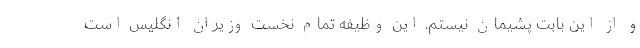
و از این بابت پشیمان نیستم. این وظیفه تمام نخست وزیران انگلیس است